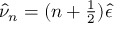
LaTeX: \hat { \nu } _ { n } = ( n + { \textstyle { \frac { 1 } { 2 } } } ) \hat { \epsilon }